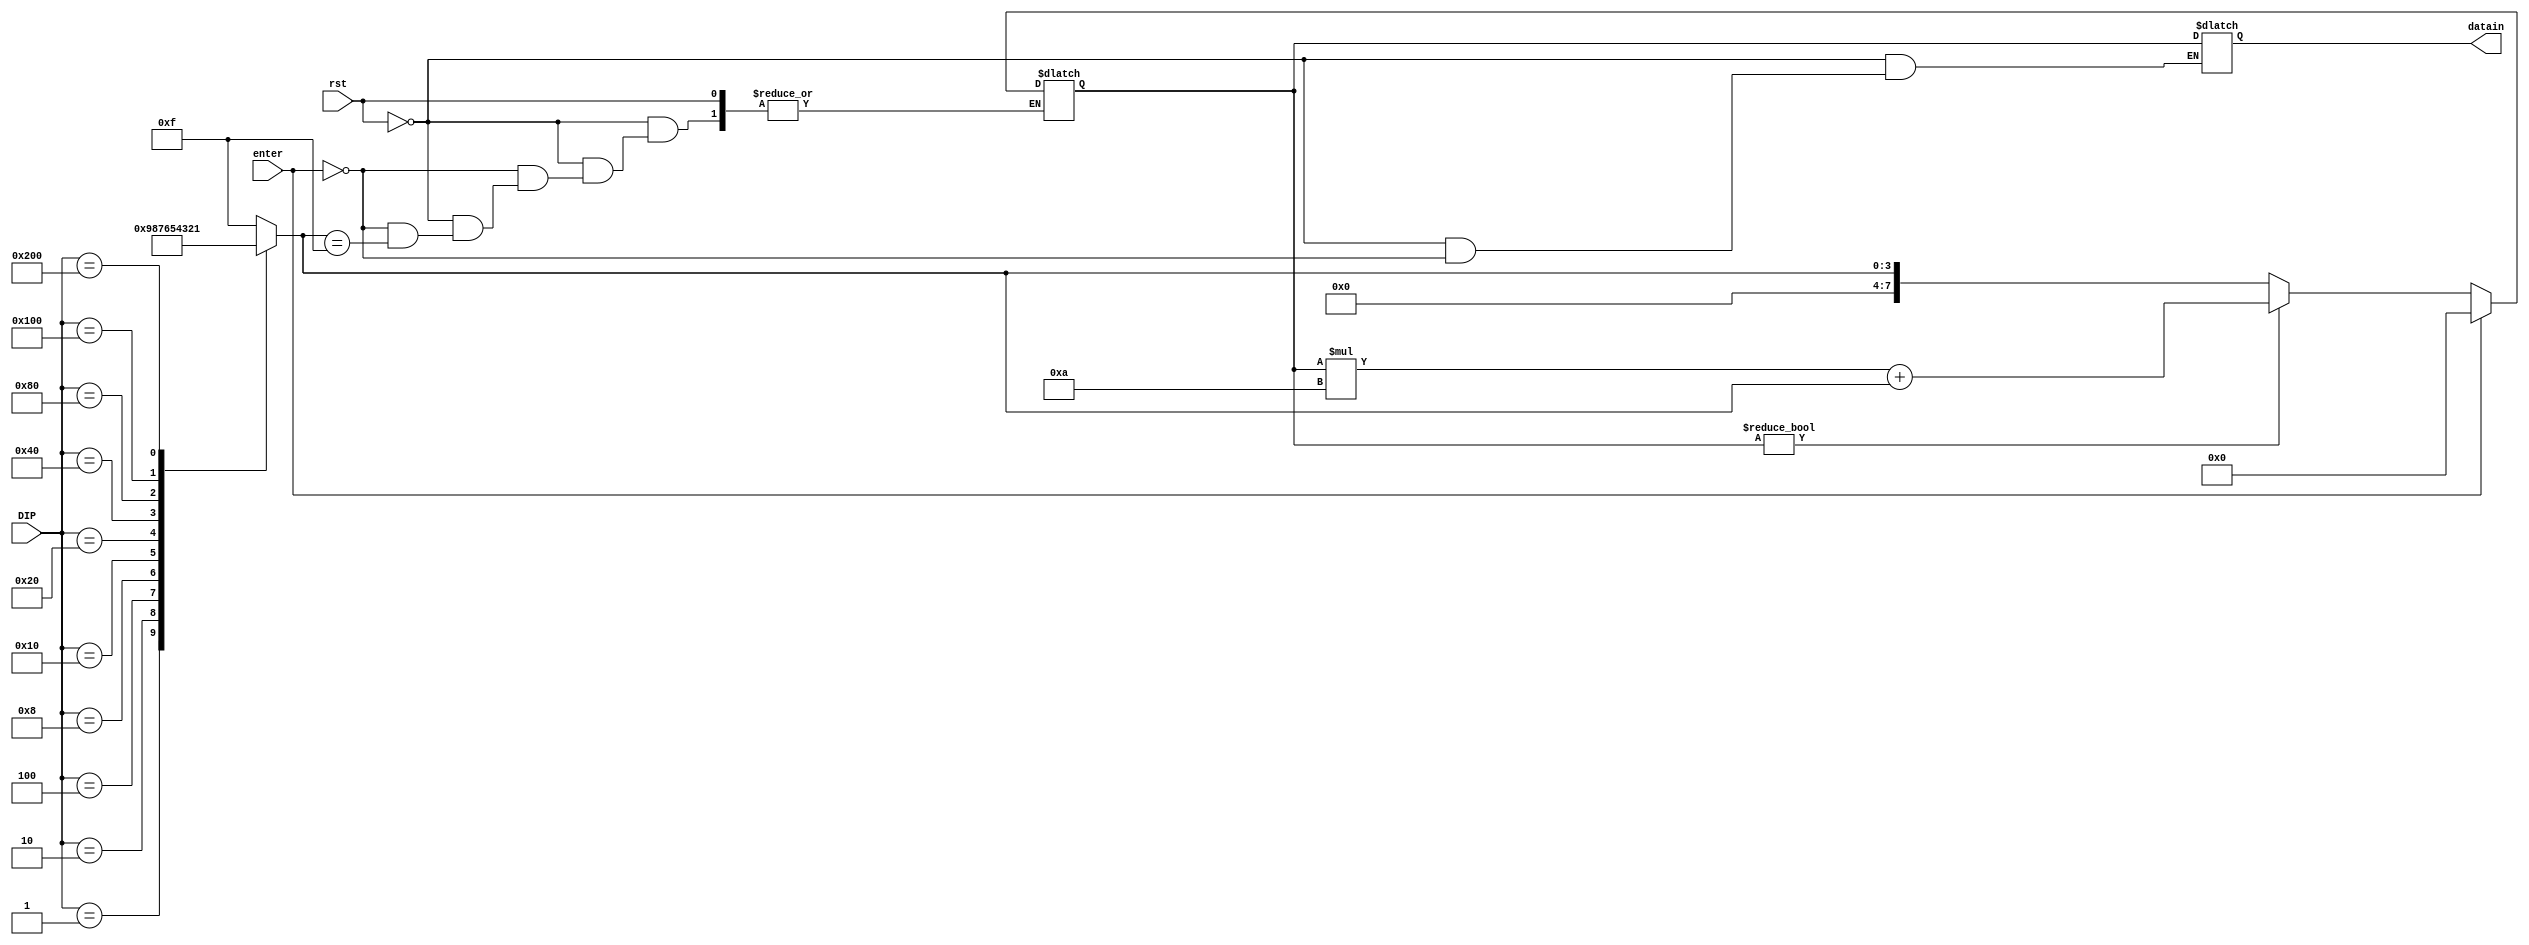
module keyin(
  input enter, rst,
  input [9:0] DIP,
  output reg [7:0] datain
  );

  reg [3:0] datapressed;
  reg [7:0] dataA;

  always@(DIP)
    case (DIP)
        10'b0000000001:datapressed = 4'h0;
        10'b0000000010:datapressed = 4'h9;
        10'b0000000100:datapressed = 4'h8;
        10'b0000001000:datapressed = 4'h7;
        10'b0000010000:datapressed = 4'h6;
        10'b0000100000:datapressed = 4'h5;
        10'b0001000000:datapressed = 4'h4;
        10'b0010000000:datapressed = 4'h3;
        10'b0100000000:datapressed = 4'h2;
        10'b1000000000:datapressed = 4'h1;
          default: datapressed = 4'b1111;
          endcase

  // data arrangement before press "enter"
  always@(rst, enter, datapressed) begin
    if (rst) datain = 8'bz;
    else if (enter) begin datain = dataA; dataA = 0; end
    else if (datapressed == 4'b1111) dataA = dataA;    	 
    else if ((dataA != 0)) dataA = (dataA*10) + datapressed;
    else dataA = datapressed; end

endmodule